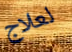
لعلاج